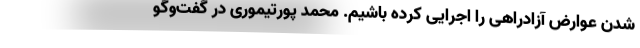
شدن عوارض آزادراهی را اجرایی کرده باشیم. محمد پورتیموری در گفت‌وگو